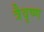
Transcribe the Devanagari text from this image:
त्रैवृष्ण